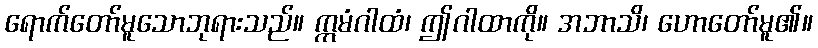
ရောက်တော်မူသောဘုရားသည်။ ဣမံဂါထံ၊ ဤဂါထာကို။ အဘာသိ၊ ဟောတော်မူ၏။